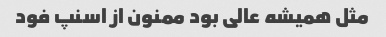
مثل همیشه عالی بود ممنون از اسنپ فود